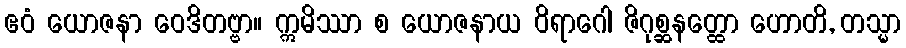
ဧဝံ ယောဇနာ ဝေဒိတဗ္ဗာ။ ဣမိဿာ စ ယောဇနာယ ဝိရာဂေါ ဇိဂုစ္ဆနတ္ထော ဟောတိ, တသ္မာ